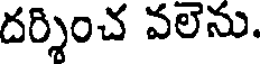
దర్శించ వలెను.